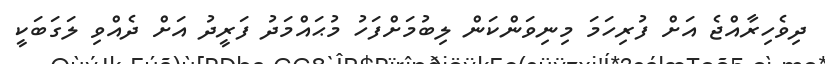
ދިވެހިރާއްޖެ އަށް ފުރިހަމަ މިނިވަންކަން ލިބުމަށްފަހު މުޙައްމަދު ފަރީދު އަށް ދެއްވި ލަގަބަކީ